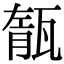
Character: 𤭨